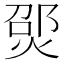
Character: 𪹃